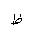
Letter: _za